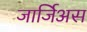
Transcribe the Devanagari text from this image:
जार्जिअस